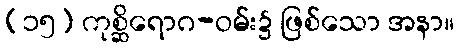
(၁၅) ကုစ္ဆိရောဂ-ဝမ်း၌ ဖြစ်သော အနာ။